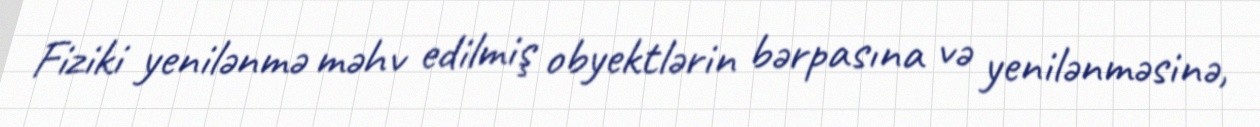
Fiziki yenilənmə məhv edilmiş obyektlərin bərpasına və yenilənməsinə,